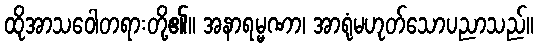
ထိုအာသဝေါတရားတို့၏။ အနာရမ္မဏာ၊ အာရုံမဟုတ်သောပညာသည်။